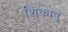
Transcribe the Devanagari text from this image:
शिकावु